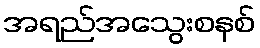
အရည်အသွေးစနစ်